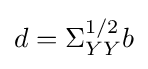
d=\Sigma _{YY}^{1/2}b